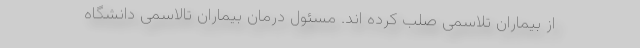
از بیماران تلاسمی صلب کرده اند. مسئول درمان بیماران تالاسمی دانشگاه